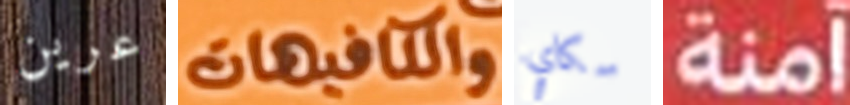
عرين والكافيهات سكاي آمنة